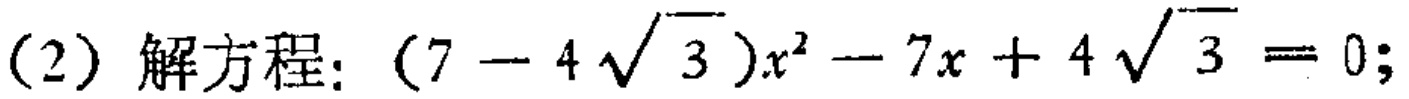
(2) 解方程: $(7 - 4\sqrt{3})x^{2} - 7x + 4\sqrt{3} = 0$;